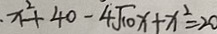
x ^ { 2 } + 4 0 - 4 \sqrt { 1 0 } x + x ^ { 2 } = 2 0